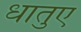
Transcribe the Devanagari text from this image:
धातुए